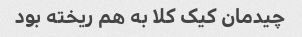
چیدمان کیک کلا به هم ریخته بود